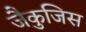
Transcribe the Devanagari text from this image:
जैकुजिस